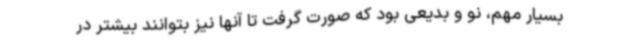
بسیار مهم، نو و بدیعی بود که صورت گرفت تا آنها نیز بتوانند بیشتر در